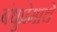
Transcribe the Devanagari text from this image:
बंधुप्रेमाचे